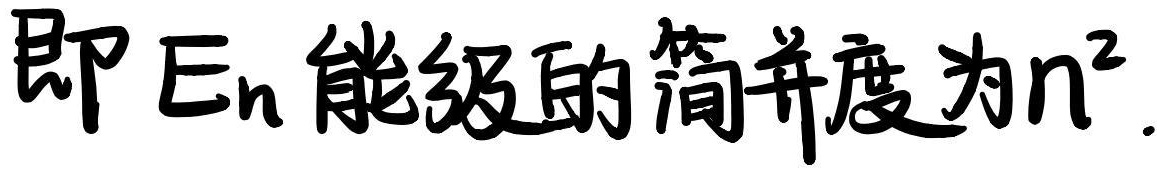
即 \(E_n\) 能级的简并度为 \(n^2\)。